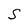
Character: S